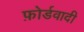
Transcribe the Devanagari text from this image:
फ़ोर्डवादी